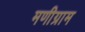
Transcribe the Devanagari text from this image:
मणीग्राम